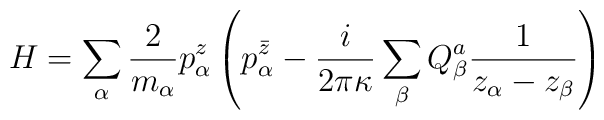
H=\sum_\alpha \frac{2}{m_\alpha}p_\alpha^z\left(p^{\bar z}_\alpha-{i\over 2\pi \kappa}\sum_\beta  Q^a_\beta{1\over z_\alpha -z_\beta}\right)